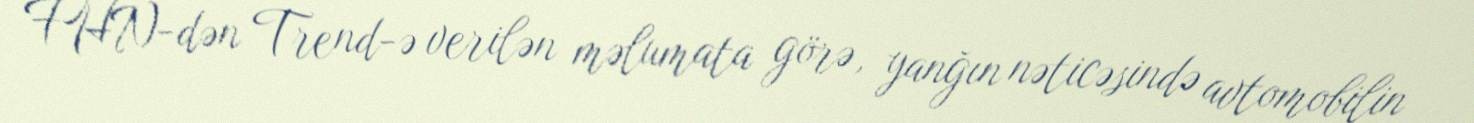
FHN-dən Trend-ə verilən məlumata görə, yanğın nəticəsində avtomobilin